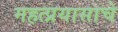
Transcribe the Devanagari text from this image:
महत्प्रयासाचे